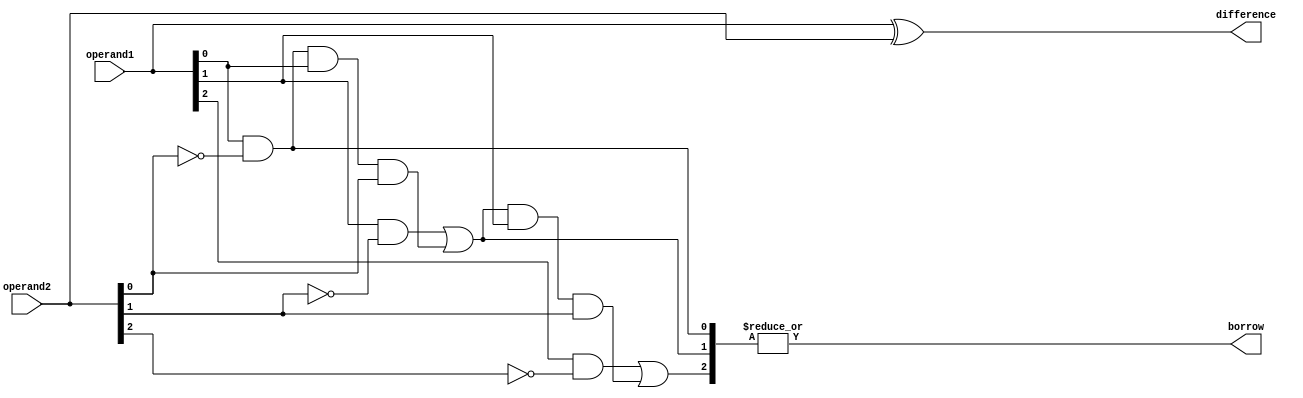
module GateLevelSubtractor(
    input [7:0] operand1,
    input [7:0] operand2,
    output [7:0] difference,
    output borrow
);

wire [7:0] diff_bits;
wire [7:0] borrow_bits;

assign diff_bits = operand1 ^ operand2;

assign borrow_bits[0] = operand1[0] & ~operand2[0]; // Borrow from the first bit
assign borrow_bits[1] = (operand1[1] & ~operand2[1]) | (borrow_bits[0] & operand1[0] & operand2[0]); // Borrow from the second bit
assign borrow_bits[2] = (operand1[2] & ~operand2[2]) | (borrow_bits[1] & operand1[1] & operand2[1]); // Borrow from the third bit
// Add similar lines for remaining bits

assign borrow = |borrow_bits; // OR operation to get overall borrow

assign difference = diff_bits;

endmodule